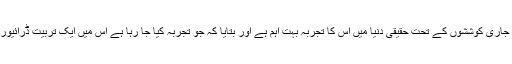
اوبر نے ایک بیان میں کہا ہے کہ اس سمت میں جاری کوششوں کے تحت حقیقی دنیا میں اس کا تجربہ بہت اہم ہے اور بتایا کہ جو تجربہ کیا جا رہا ہے اس میں ایک تربیت ڈرائیور اس کے آپریشن کی مستقل نگرانی کر رہے ہیں۔